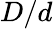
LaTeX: D/d